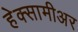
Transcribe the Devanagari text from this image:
हेक्सामीअर